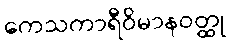
ကေသကာရီဝိမာနဝတ္ထု